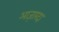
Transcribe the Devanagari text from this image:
आज़ारदा